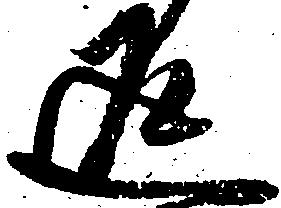
返